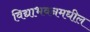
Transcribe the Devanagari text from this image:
विद्याभवनमधील